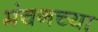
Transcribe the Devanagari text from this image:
मंचनच्या